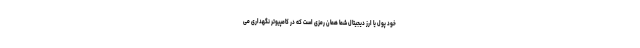
خود پول یا ارز دیجیتال شما همان رمزی است که در کامپیوتر نگهداری می